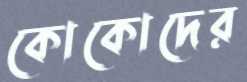
কোকোদের